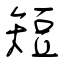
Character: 短